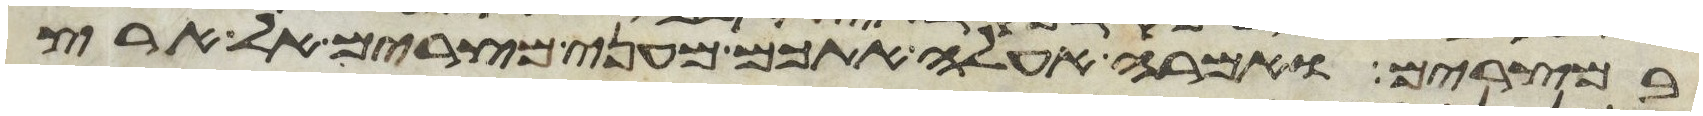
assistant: במצרים ואמרה אעלה אתכם מעני מצרים אל ארץ